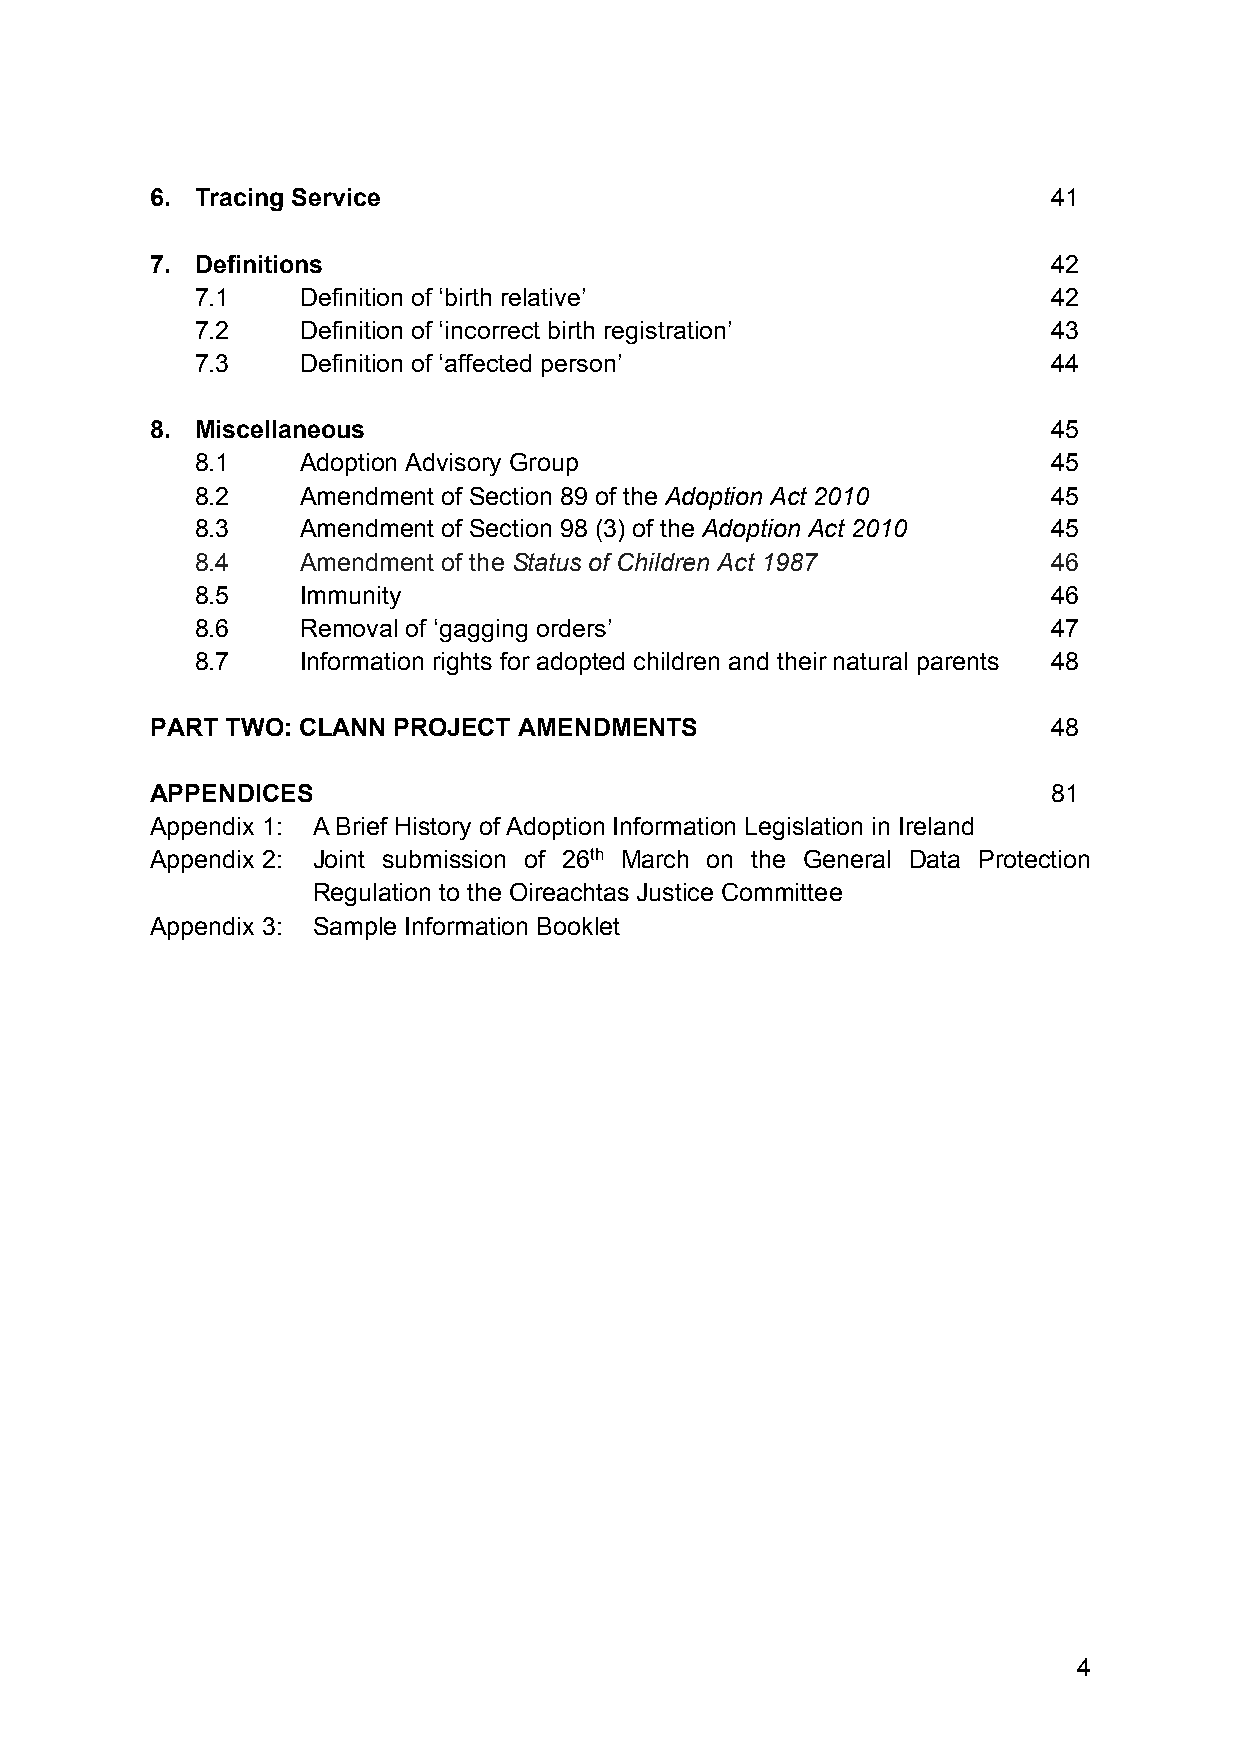
6. Tracing Service                                          41
 7. Definitions                                              42
 7.1    Definition of ‘birth relative’                    42
 7.2    Definition of ‘incorrect birth registration’      43
 7.3    Definition of ‘affected person’                   44
 8. Miscellaneous                                            45
 8.1    Adoption Advisory Group                           45
 8.2    Amendment of Section 89 of the Adoption Act 2010  45
 8.3    Amendment of Section 98 (3) of the Adoption Act 2010 45
 8.4    Amendment of the Status of Children Act 1987      46
 8.5    Immunity                                          46
 8.6    Removal of ‘gagging orders’                       47
 8.7    Information rights for adopted children and their natural parents 48
 PART TWO: CLANN PROJECT AMENDMENTS                          48
 APPENDICES                                                  81
 Appendix 1: A Brief History of Adoption Information Legislation in Ireland
 Appendix 2: Joint submission of 26th March on the General Data Protection
 Regulation to the Oireachtas Justice Committee
 Appendix 3: Sample Information Booklet
 4